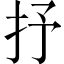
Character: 抒